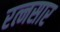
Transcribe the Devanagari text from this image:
रत्नसार